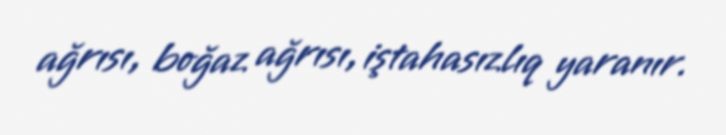
ağrısı, boğaz ağrısı, iştahasızlıq yaranır.